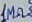
Text: 1MΩ